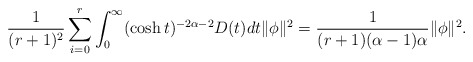
\begin{align*}\frac{1}{(r+1)^2}\sum^r_{i=0}\int^\infty_0(\cosh t)^{-2\alpha-2}D(t)dt \|\phi\|^2=\frac{1}{(r+1)(\alpha-1)\alpha}\|\phi\|^2.\end{align*}